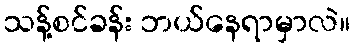
သန့်စင်ခန်း ဘယ်နေရာမှာလဲ။